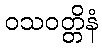
ဝသဝတ္တိနံ